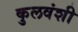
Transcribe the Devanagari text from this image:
कुलवंशी